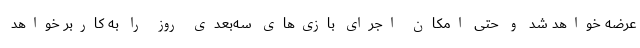
عرضه خواهد شد و حتی امکان اجرای بازی‌های سه‌بعدی روز را به کاربر خواهد